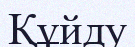
Құйду